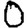
Digit: 0